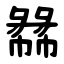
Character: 㣈